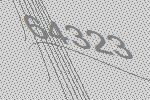
64323